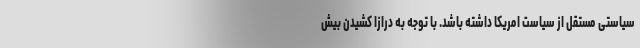
سیاستی مستقل از سیاست امریکا داشته باشد. با توجه به درازا کشیدن بیش